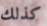
كذلك